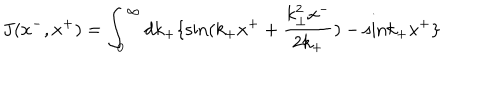
LaTeX: J ( x ^ { - } , x ^ { + } ) = \int _ { 0 } ^ { \infty } d k _ { + } \{ \mathrm { s i n } ( k _ { + } x ^ { + } + \frac { k _ { \bot } ^ { 2 } x ^ { - } } { 2 k _ { + } } ) - \mathrm { s i n } k _ { + } x ^ { + } \}